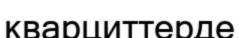
кварциттерде